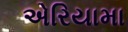
એરિયામા